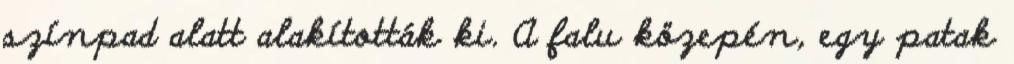
színpad alatt alakították ki. A falu közepén, egy patak